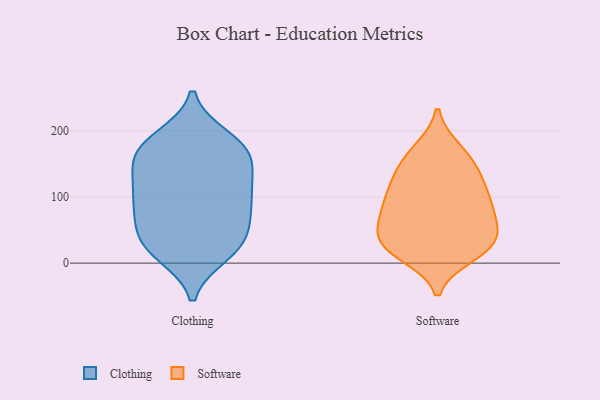
{"axis": {"x": "Bounce Rate (%)", "y": "Value"}, "legend": ["Clothing", "Software"], "data": [{"x": "", "y": 102, "type": "Clothing"}, {"x": "", "y": 14, "type": "Clothing"}, {"x": "", "y": 157, "type": "Clothing"}, {"x": "", "y": 95, "type": "Clothing"}, {"x": "", "y": 18, "type": "Clothing"}, {"x": "", "y": 135, "type": "Clothing"}, {"x": "", "y": 164, "type": "Clothing"}, {"x": "", "y": 189, "type": "Clothing"}, {"x": "", "y": 72, "type": "Clothing"}, {"x": "", "y": 165, "type": "Clothing"}, {"x": "", "y": 103, "type": "Clothing"}, {"x": "", "y": 30, "type": "Clothing"}, {"x": "", "y": 26, "type": "Clothing"}, {"x": "", "y": 129, "type": "Clothing"}, {"x": "", "y": 90, "type": "Clothing"}, {"x": "", "y": 182, "type": "Clothing"}, {"x": "", "y": 45, "type": "Clothing"}, {"x": "", "y": 177, "type": "Clothing"}, {"x": "", "y": 55, "type": "Clothing"}, {"x": "", "y": 104, "type": "Software"}, {"x": "", "y": 146, "type": "Software"}, {"x": "", "y": 63, "type": "Software"}, {"x": "", "y": 23, "type": "Software"}, {"x": "", "y": 87, "type": "Software"}, {"x": "", "y": 27, "type": "Software"}, {"x": "", "y": 117, "type": "Software"}, {"x": "", "y": 57, "type": "Software"}, {"x": "", "y": 49, "type": "Software"}, {"x": "", "y": 18, "type": "Software"}, {"x": "", "y": 134, "type": "Software"}, {"x": "", "y": 93, "type": "Software"}, {"x": "", "y": 35, "type": "Software"}, {"x": "", "y": 69, "type": "Software"}, {"x": "", "y": 171, "type": "Software"}, {"x": "", "y": 25, "type": "Software"}, {"x": "", "y": 172, "type": "Software"}, {"x": "", "y": 12, "type": "Software"}, {"x": "", "y": 95, "type": "Software"}, {"x": "", "y": 141, "type": "Software"}]}